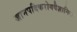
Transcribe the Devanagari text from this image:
जानपदिकरोगवैज्ञानिक